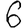
Digit: 6